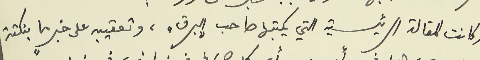
وكانت المقالة الرئيسية التي يكتبها صاحب "البرق"، وتعقيبه على خبرٍ ما بنكتة